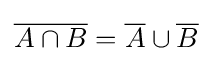
{\overline {A\cap B}}={\overline {A}}\cup {\overline {B}}